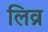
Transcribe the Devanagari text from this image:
लिव्र